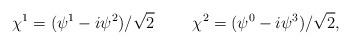
LaTeX: \begin{align*}\chi^1=(\psi^1-i\psi^2)/\sqrt{2} ~~~~~~~ \chi^2 = (\psi^0-i\psi^3)/\sqrt{2},\end{align*}